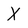
Character: X